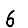
Digit: 6